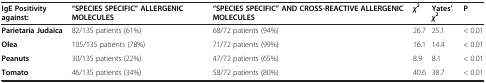
<table><thead><tr><td><b>IgE Positivity against:</b></td><td><b>“SPECIES SPECIFIC” ALLERGENIC MOLECULES</b></td><td><b>“SPECIES SPECIFIC” AND CROSS-REACTIVE ALLERGENIC MOLECULES</b></td><td><b><i>χ</i><sup>2</sup></b></td><td><b>Yates’ <i>χ</i><sup>2</sup></b></td><td><b>P</b></td></tr></thead><tbody><tr><td><b>Parietaria Judaica</b></td><td>82/135 patients (61%)</td><td>68/72 patients (94%)</td><td>26.7</td><td>25.1</td><td>&lt; 0.01</td></tr><tr><td><b>Olea</b></td><td>105/135 patients (78%)</td><td>71/72 patients (99%)</td><td>16.1</td><td>14.4</td><td>&lt; 0.01</td></tr><tr><td><b>Peanuts</b></td><td>30/135 patients (22%)</td><td>47/72 patients (65%)</td><td>8.9</td><td>8.1</td><td>&lt; 0.01</td></tr><tr><td><b>Tomato</b></td><td>46/135 patients (34%)</td><td>58/72 patients (80%)</td><td>40.6</td><td>38.7</td><td>&lt; 0.01</td></tr></tbody></table>